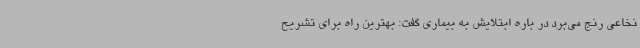
نخاعی رنج می‌برد در باره ابتلایش به بیماری گفت: بهترین راه برای تشریح